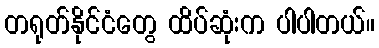
တရုတ်နိုင်ငံတွေ ထိပ်ဆုံးက ပါပါတယ်။